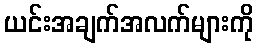
ယင်းအချက်အလက်များကို